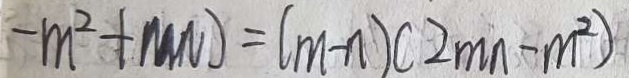
- m ^ { 2 } + m n ) = ( m - n ) ( 2 m n - m ^ { 2 } )